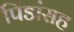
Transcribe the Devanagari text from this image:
पिंडांसह